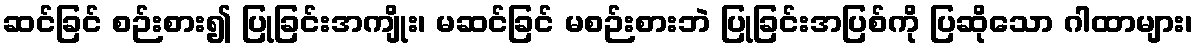
ဆင်ခြင် စဉ်းစား၍ ပြုခြင်းအကျိုး၊ မဆင်ခြင် မစဉ်းစားဘဲ ပြုခြင်းအပြစ်ကို ပြဆိုသော ဂါထာများ၊